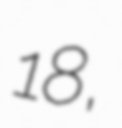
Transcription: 18,